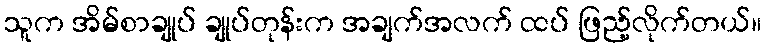
သူက အိမ်စာချုပ် ချုပ်တုန်းက အချက်အလက် ထပ် ဖြည့်လိုက်တယ်။